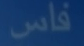
فاس